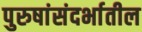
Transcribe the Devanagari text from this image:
पुरुषांसंदर्भातील